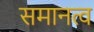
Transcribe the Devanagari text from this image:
समानत्व